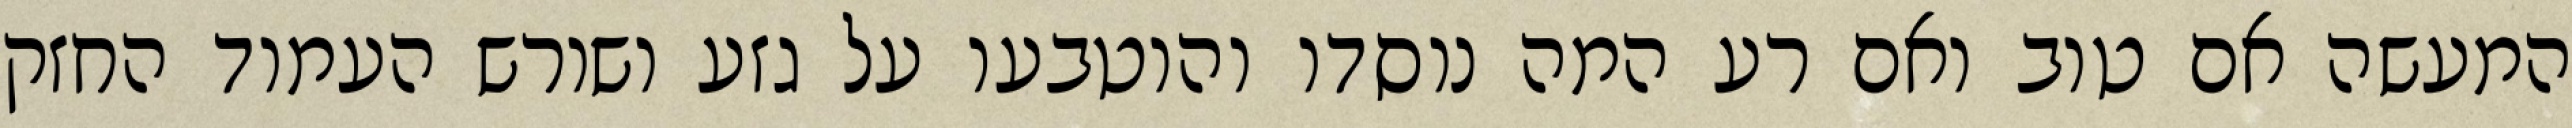
המעשה אם טוב ואם רע המה נוסדו והוטבעו על גזע ושורש העמוד החזק